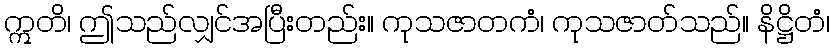
ဣတိ၊ ဤသည်လျှင်အပြီးတည်း။ ကုသဇာတကံ၊ ကုသဇာတ်သည်။ နိဋ္ဌိတံ၊